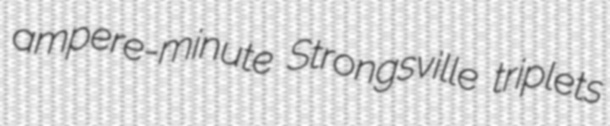
ampere-minute Strongsville triplets